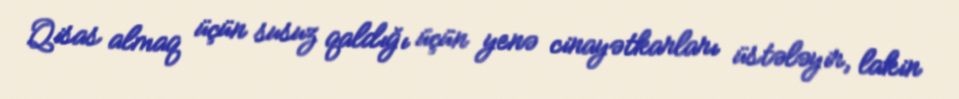
Qisas almaq üçün susuz qaldığı üçün yenə cinayətkarları üstələyir, lakin